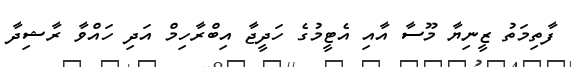
ފާތިމަތު ޒީނިޔާ މޫސާ އާއި އެޓީމުގެ ހަދީޖާ އިބްރާހިމް އަދި ހައްވާ ރާޝިދާ